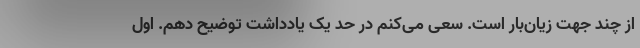
از چند جهت زیان‌بار است. سعی می‌کنم در حد یک یادداشت توضیح دهم. اول